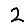
Digit: 2